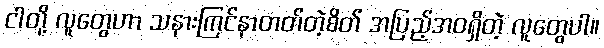
ငါတို့ လူတွေဟာ သနားကြင်နာတတ်တဲ့စိတ် အပြည့်အဝရှိတဲ့ လူတွေပါ။